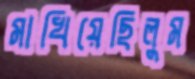
মাখিয়েছিলুম